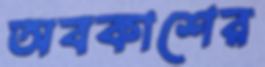
অবকাশের